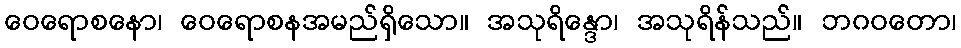
ဝေရောစနော၊ ဝေရောစနအမည်ရှိသော။ အသုရိန္ဒော၊ အသုရိန်သည်။ ဘဂဝတော၊